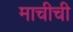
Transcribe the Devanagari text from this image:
माचीची